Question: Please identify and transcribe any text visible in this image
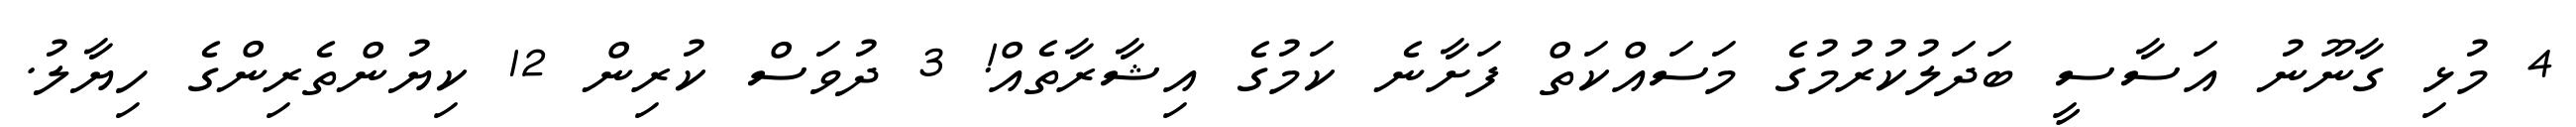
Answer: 4 މުޅި ގާނޫނު އަސާސީ ބަދަލުކުރުމުގެ މަސައްކަތް ފަށާނެ ކަމުގެ އިޝާރާތެއް! 3 ދުވަސް ކުރިން 12 ކިޔުންތެރިންގެ ހިޔާލު.